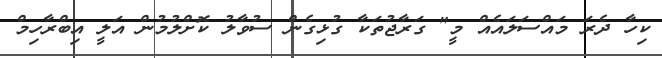
ކިހާ ދެރަ މައްސަލައެއް މީ" ގަރާޖުތަކާ ގުޅިގެން ސުވާލު ކޮށްލުމުން އަލީ އިބްރާހިމް